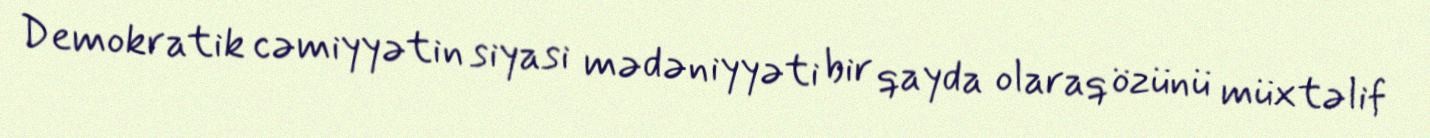
Demokratik cəmiyyətin siyasi mədəniyyəti bir qayda olaraq özünü müxtəlif